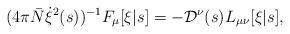
LaTeX: \begin{align*}(4\pi {\bar N} \dot{\xi}^2(s))^{-1} F_\mu[\xi|s] = - {\cal D}^\nu(s) L_{\mu\nu}[\xi|s],\end{align*}